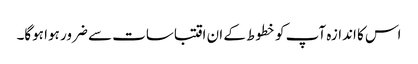
اس کا اندازہ آپ کو خطوط کے ان اقتباسات سے ضرور ہوا ہوگا۔